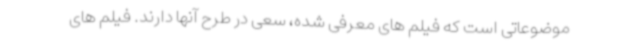
موضوعاتی است که فیلم های معرفی شده، سعی در طرح آنها دارند. فیلم های